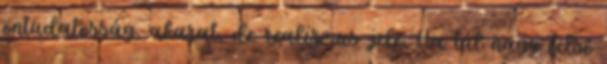
öntudatosság, akarat, de realizmus jele. Ha túl nagy felső